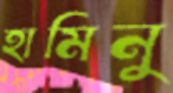
হামিনু